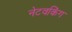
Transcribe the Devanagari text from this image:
नेटवकिंग